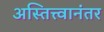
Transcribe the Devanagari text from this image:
अस्तित्त्वानंतर